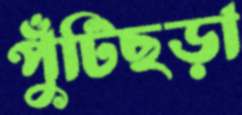
পুঁটিছড়া